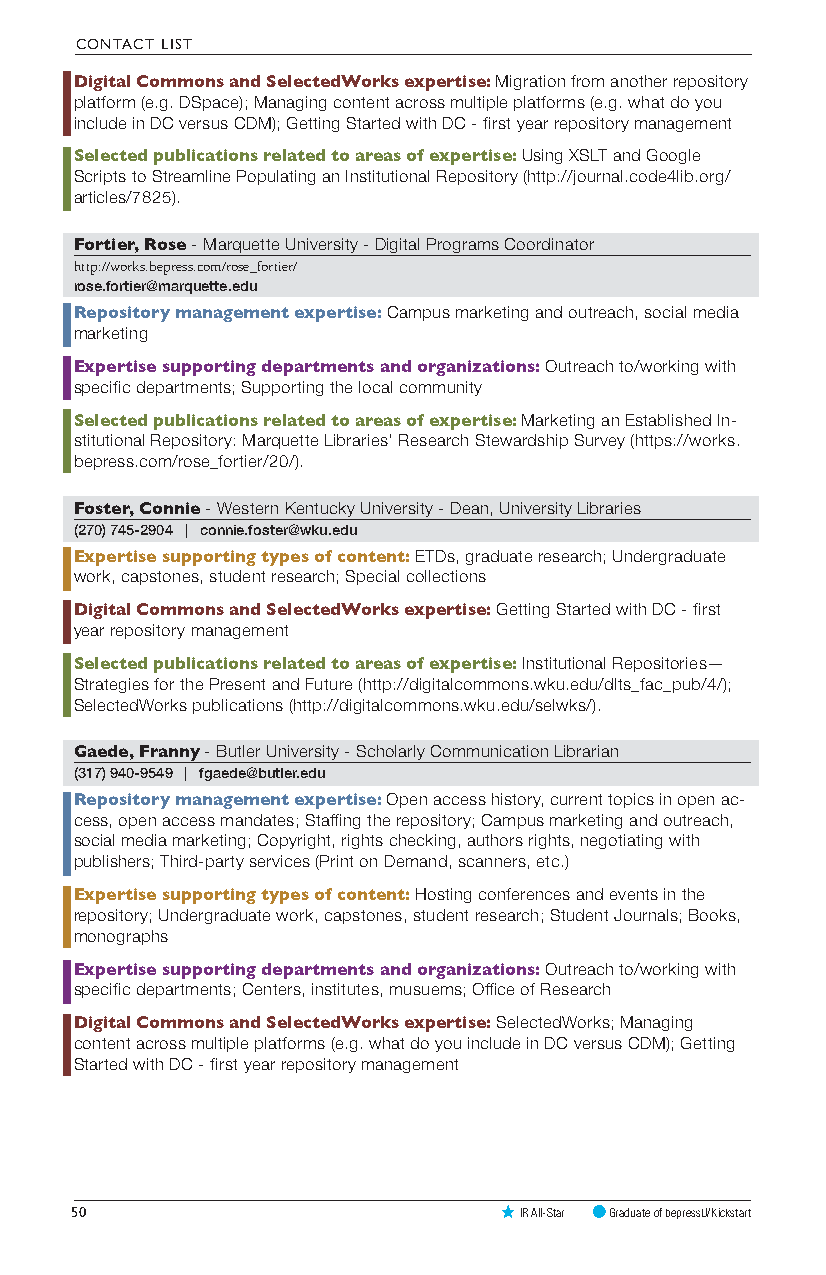
CONTACT LIST
 Digital Commons and SelectedWorks expertise: Migration from another repository
 platform (e.g. DSpace); Managing content across multiple platforms (e.g. what do you
 include in DC versus CDM); Getting Started with DC - first year repository management
 Selected publications related to areas of expertise: Using XSLT and Google
 Scripts to Streamline Populating an Institutional Repository (http://journal.code4lib.org/
 articles/7825).
 Fortier, Rose - Marquette University - Digital Programs Coordinator
 http://works.bepress.com/rose_fortier/
 rose.fortier@marquette.edu
 Repository management expertise: Campus marketing and outreach, social media
 marketing
 Expertise supporting departments and organizations: Outreach to/working with
 specific departments; Supporting the local community
 Selected publications related to areas of expertise: Marketing an Established In-
 stitutional Repository: Marquette Libraries’ Research Stewardship Survey (https://works.
 bepress.com/rose_fortier/20/).
 Foster, Connie - Western Kentucky University - Dean, University Libraries
 (270) 745-2904 | connie.foster@wku.edu
 Expertise supporting types of content: ETDs, graduate research; Undergraduate
 work, capstones, student research; Special collections
 Digital Commons and SelectedWorks expertise: Getting Started with DC - first
 year repository management
 Selected publications related to areas of expertise: Institutional Repositories—
 Strategies for the Present and Future (http://digitalcommons.wku.edu/dlts_fac_pub/4/);
 SelectedWorks publications (http://digitalcommons.wku.edu/selwks/).
 Gaede, Franny - Butler University - Scholarly Communication Librarian
 (317) 940-9549 | fgaede@butler.edu
 Repository management expertise: Open access history, current topics in open ac-
 cess, open access mandates; Staffing the repository; Campus marketing and outreach,
 social media marketing; Copyright, rights checking, authors rights, negotiating with
 publishers; Third-party services (Print on Demand, scanners, etc.)
 Expertise supporting types of content: Hosting conferences and events in the
 repository; Undergraduate work, capstones, student research; Student Journals; Books,
 monographs
 Expertise supporting departments and organizations: Outreach to/working with
 specific departments; Centers, institutes, musuems; Office of Research
 Digital Commons and SelectedWorks expertise: SelectedWorks; Managing
 content across multiple platforms (e.g. what do you include in DC versus CDM); Getting
 Started with DC - first year repository management
 50                           IR All-Star Graduate of bepressU/Kickstart